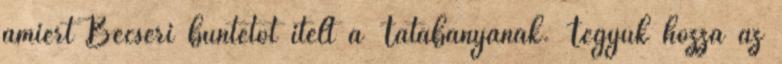
amiért Becséri büntetőt ítélt a Tatabányának. Tegyük hozzá az